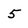
Character: 5